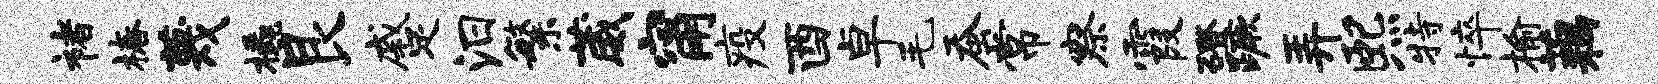
褚椿蔑橇艮蹙汨繁葳甯疫酉卓毛蚕常察霞磴蹶弄熙特悴榆藕